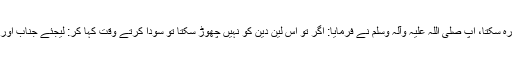
میں تجارت کے بغیر نہیں رہ سکتا، آپ ‌صلی ‌اللہ ‌علیہ ‌وآلہ ‌وسلم نے فرمایا: اگر تو اِس لین دین کو نہیں چھوڑ سکتا تو سودا کرتے وقت کہا کر: لیجئے جناب اور دیجئے، لیکن دھوکہ نہ ہو۔